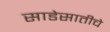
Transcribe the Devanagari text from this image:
साडेसातीचे